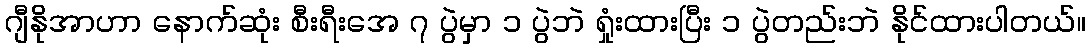
ဂျီနိုအာဟာ နောက်ဆုံး စီးရီးအေ ၇ ပွဲမှာ ၁ ပွဲဘဲ ရှုံးထားပြီး ၁ ပွဲတည်းဘဲ နိုင်ထားပါတယ်။